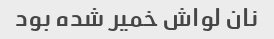
نان لواش خمیر شده بود